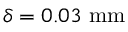
\delta = 0 . 0 3 \ \mathrm { m m }